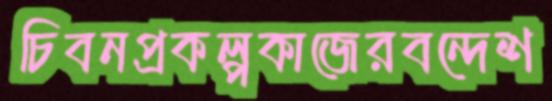
চিবনপ্রকল্পকাজেরবন্দেশ